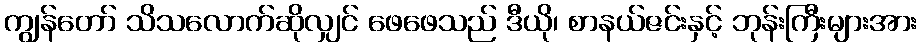
ကျွန်တော် သိသလောက်ဆိုလျှင် ဖေဖေသည် ဒီယို၊ စာနယ်ဇင်းနှင့် ဘုန်းကြီးများအား